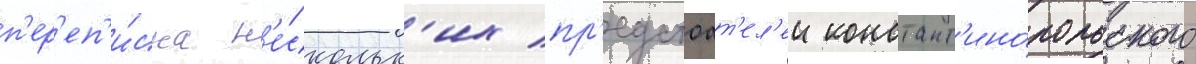
п'ер'еп'и́ска н'е́скольк'их пр'едстоат'ел'еи констант'ино́польского